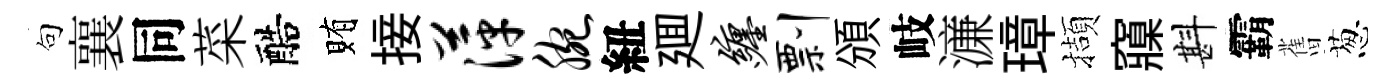
句襄同菜醅賄接萍腕紐廽缠剽頒岐濓璋擷䆿斟霸𦾔葱